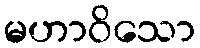
မဟာဝိသော